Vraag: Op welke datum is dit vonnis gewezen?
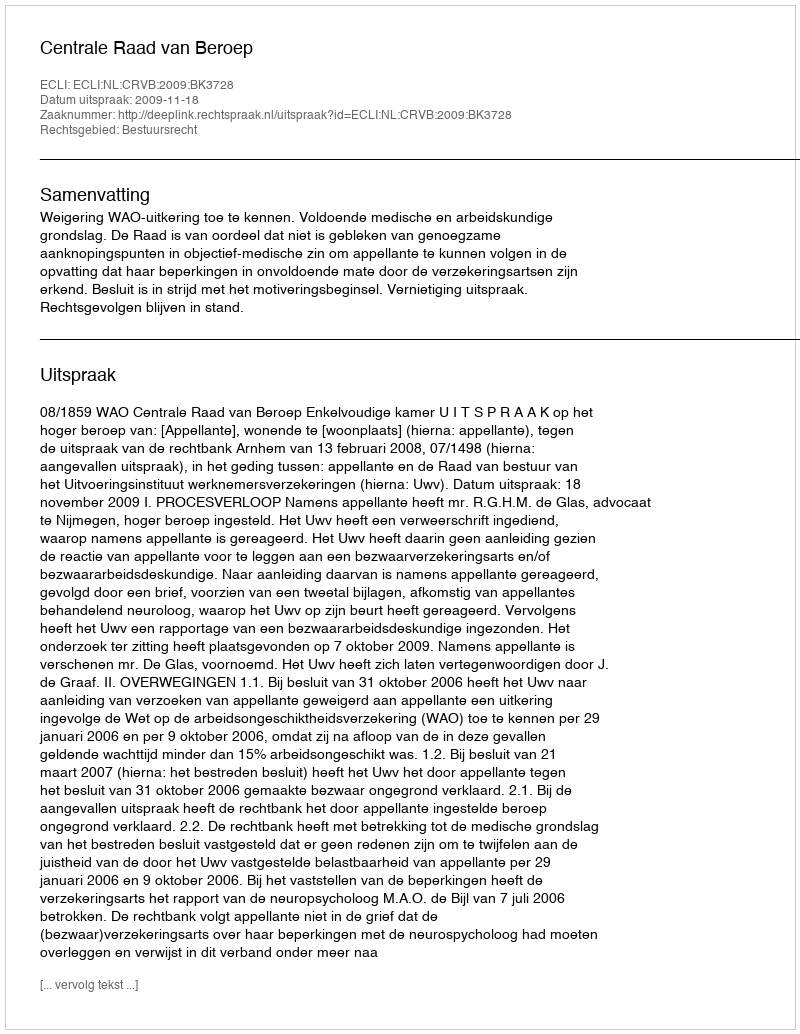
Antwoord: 2009-11-18